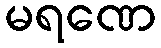
မရဏေ